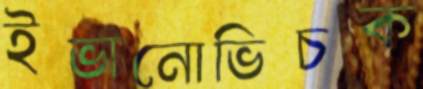
ইভানোভিচক